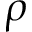
\rho